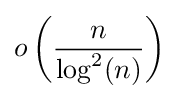
o\left({\frac {n}{\log ^{2}(n)}}\right)